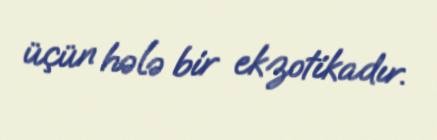
üçün hələ bir ekzotikadır.